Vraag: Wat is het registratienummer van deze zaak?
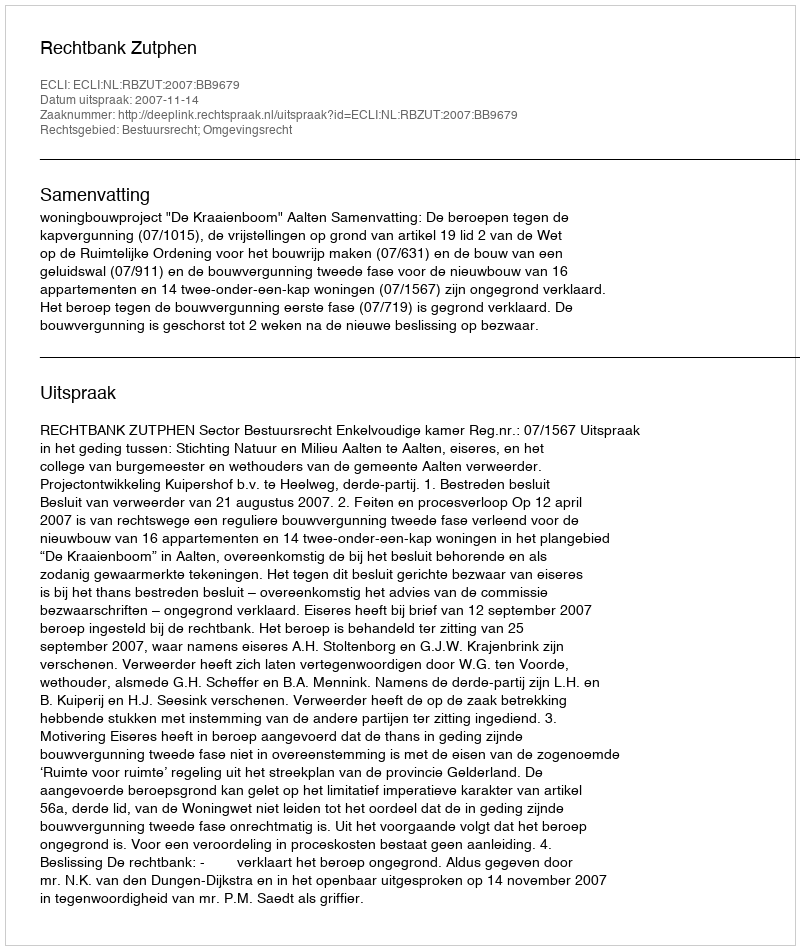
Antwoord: http://deeplink.rechtspraak.nl/uitspraak?id=ECLI:NL:RBZUT:2007:BB9679